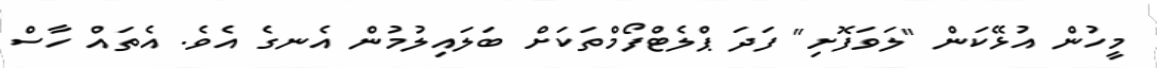
މީހުން އުޅޭކަން "ލަވަފޮށި" ފަދަ ޕްލެޓްފޯމްތަކަށް ބަލައިލުމުން އެނގެ އެވެ. އެތައް ހާސް